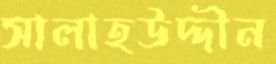
সালাহউদ্দীন